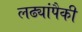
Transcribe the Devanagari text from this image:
लढ्यांपैकी